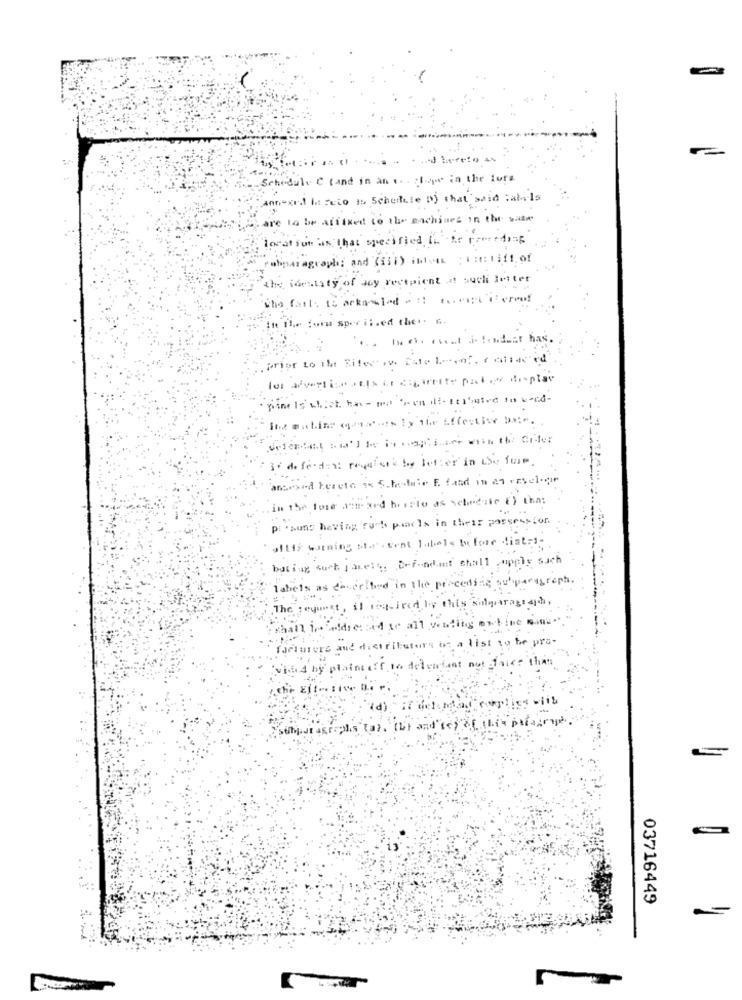
Schedule C tand in an ... tope in the fors
annexnal It zeto is Schedule D) that said tafels
are lo be affixed to the machines in the witw
location as that specified in the receding
rubparagraph: and (iii) into THElift of
the identity of any recipient at such letter
sho fait. to actoslados temps isereof
In The form specii.ed thet. G.
. prior to IMt Bifect iv. Este L-enf. (cdiac ed
los advertiensala Le caprette pact to display
· pine Is which have per ven dettl'nice so verd-
3. defender: regolari by letter in the fur.
assind hereto as Schedule E. fand in 29 vesel.c.
in the fore ant xed hristo as schedule () tha:
Pi 'suns having curto praela in their possession.
affis warning sta'. tent labels before dist=1:
buting such janela. Defendant shall apply such
labels as described in the preceding suparagraph
The request, il required by this silparagraph,
Shall is Addressed to all vending online mm.
facturers and distributors os a list to be pro-
vised by plaintiff to delenient not onice that
astralis (a). (b) and (e) of this pelaary
03716449